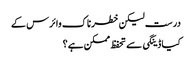
درست لیکن خطرناک وائرس کے
کیا ڈینگی سے تحفظ ممکن ہے؟